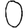
Digit: 0